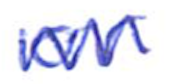
Text: or
Cross-out: zig-zag
Writing tool: ballpoint